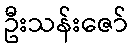
ဦးသန်းဇော်